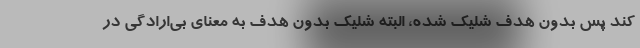
کند پس بدون هدف شلیک شده، البته شلیک بدون هدف به معنای بی‌ارادگی در